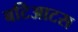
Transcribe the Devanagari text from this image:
बटिआटस